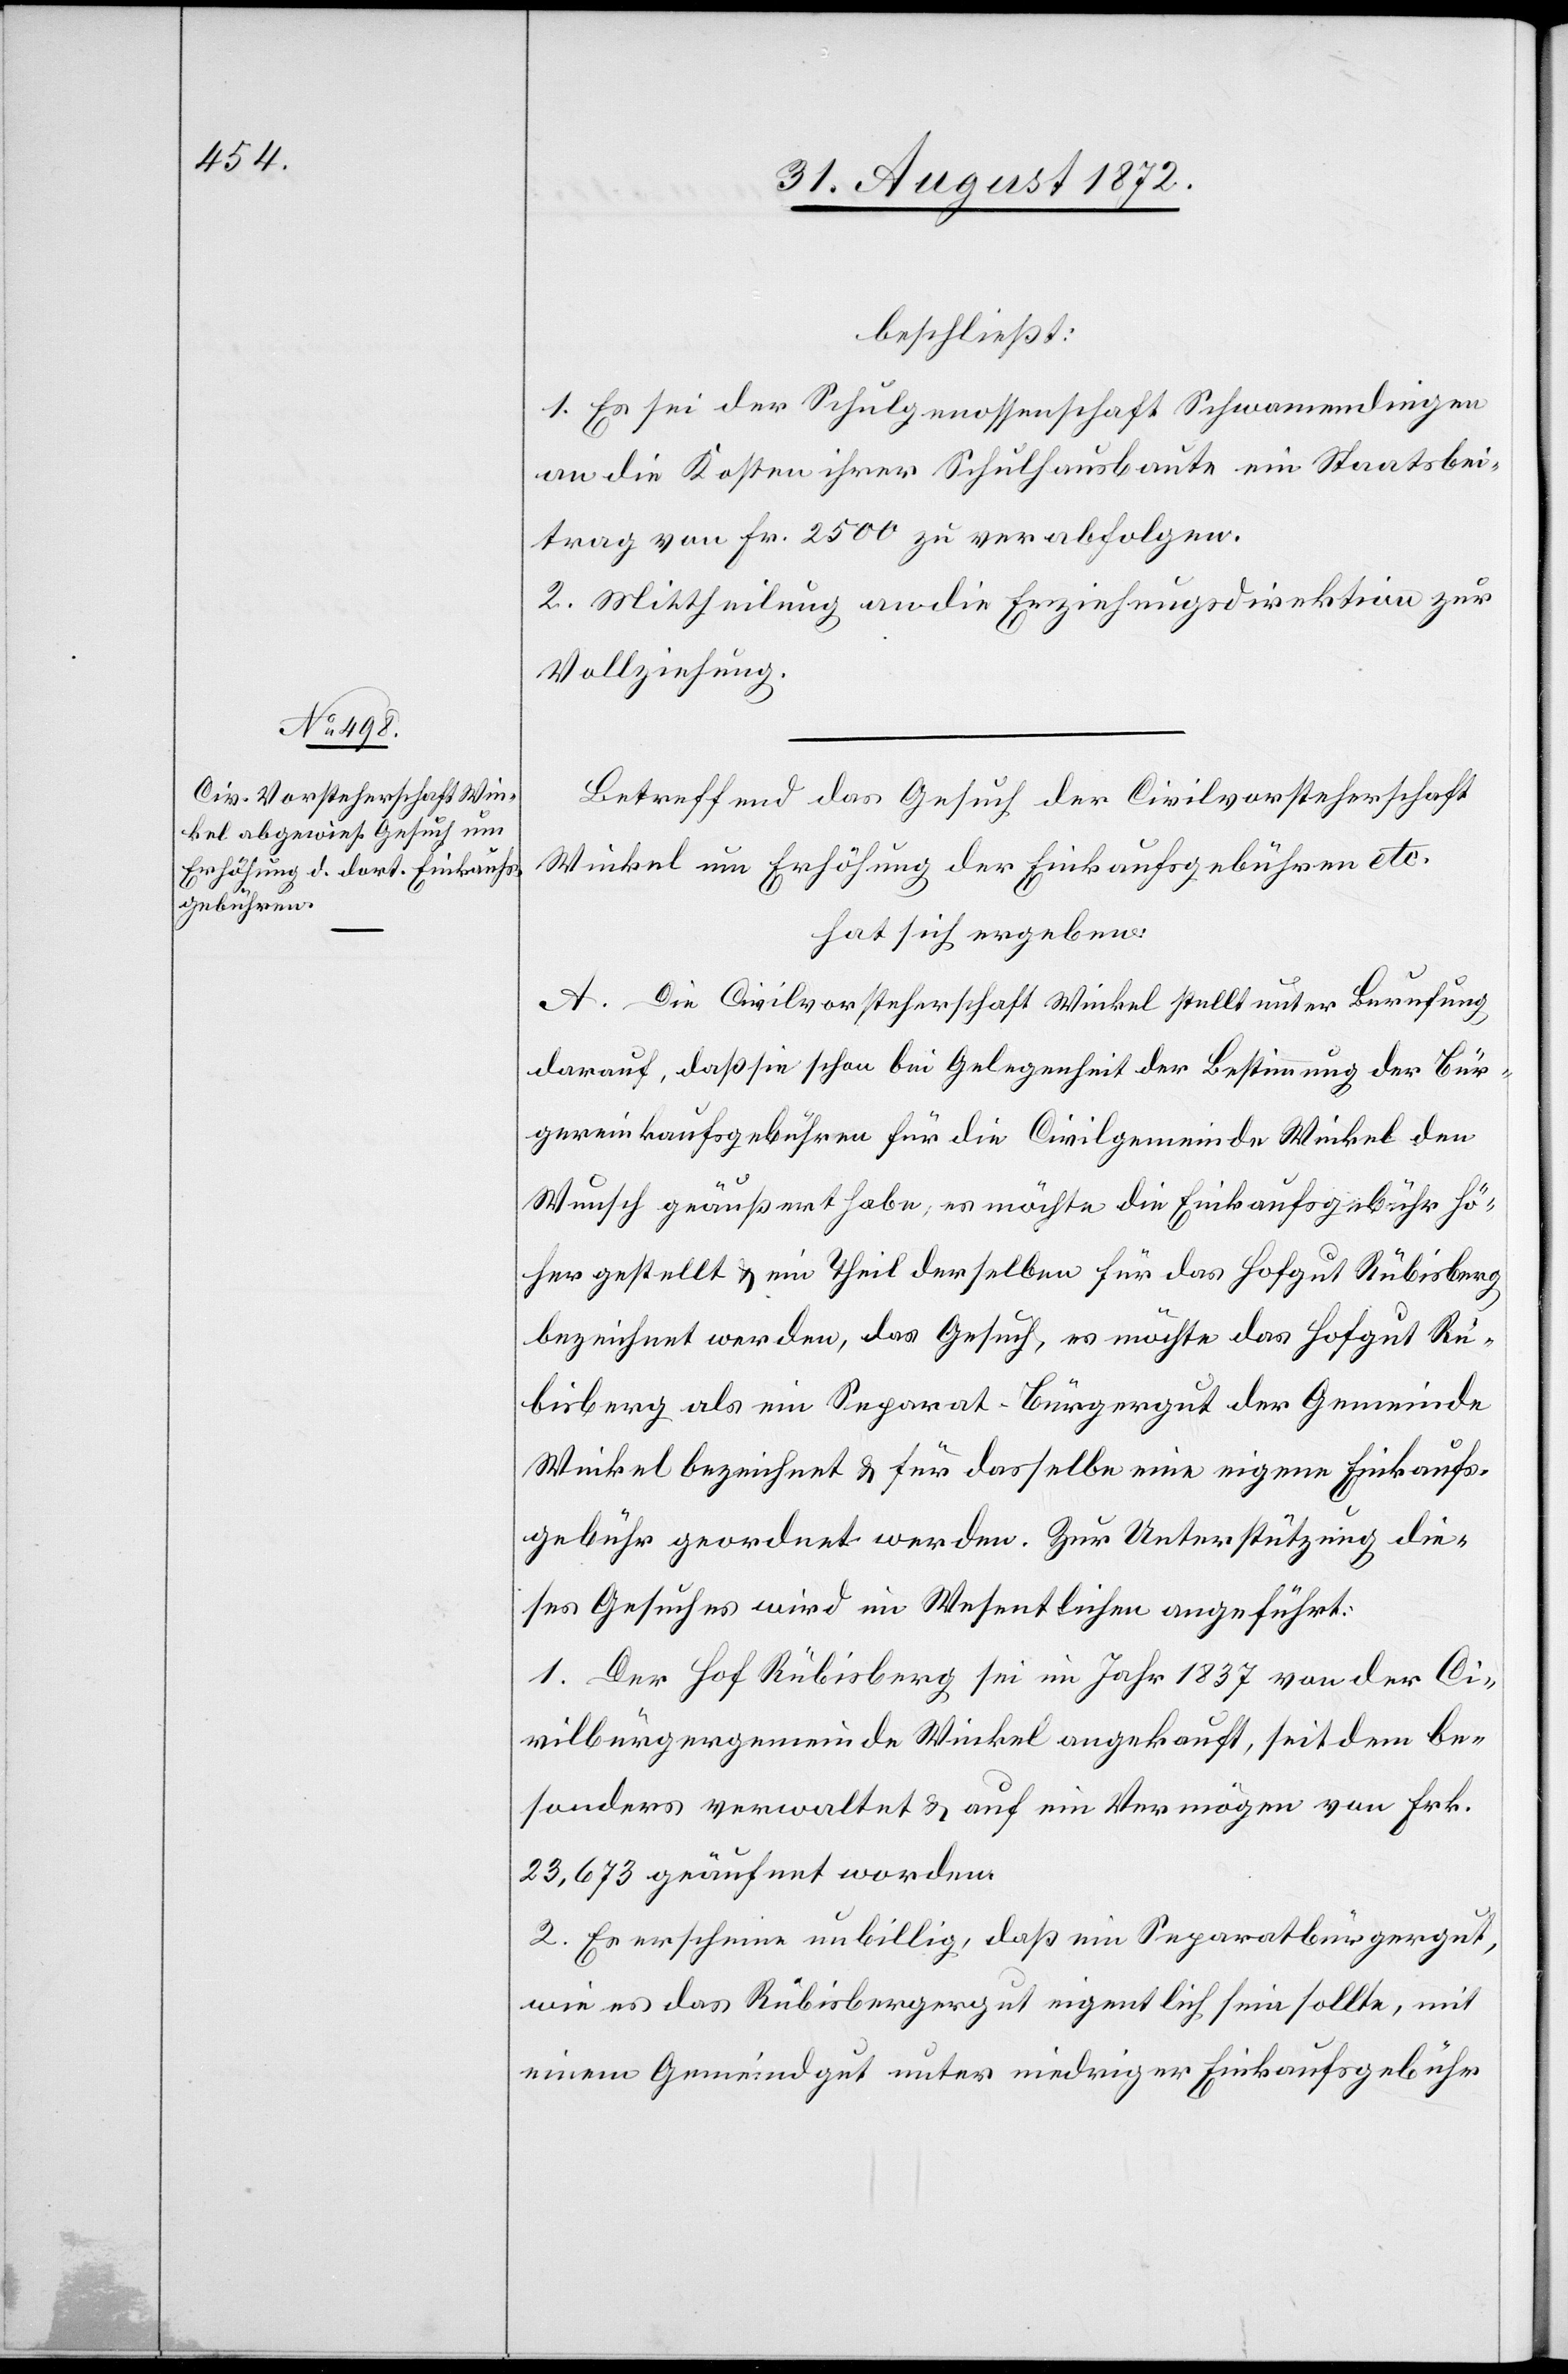
beschließt:
1. Es sei der Schulgenossenschaft Schwamendingen
an die Kosten ihrer Schulhausbaute ein Staatsbei¬
trag von Fr. 2500 zu verabfolgen.
2. Mittheilung an die Erziehungsdirektion zur
Vollziehung.
Betreffend das Gesuch der Civilvorsteherschaft
Winkel um Erhöhung der Einkaufsgebühren etc.
hat sich ergeben:
A. Die Civilvorsteherschaft Winkel stellt unter Berufung
darauf, daß sie schon bei Gelegenheit der Bestimmung der Bür¬
gereinkaufsgebühren für die Civilgemeinde Winkel den
Wunsch geäußert habe; es möchte Einkaufsgebühr hö¬
her gestellt u. ein Theil derselben für das Hofgut Rübisberg
bezeichnet werden, das Gesuch, es möchte das Hofgut Rü¬
bisgut als ein Separat-Bürgergut der Gemeinde
Winkel bezeichnet u. für dasselbe eine eigene Einkaufs¬
gebühr geordnet werden. Zur Unterstützung die¬
ses Gesuches wird im Wesentlichen angeführt:
1. Der Hof Rübisberg sei im Jahr 1837 von der Ci¬
vilbürgergemeinde Winkel angekauft, seitdem be¬
sonders verwaltet u. auf ein Vermögen von Frk.
23,673 geäußert worden
2. Es erscheine unbillig, daß ein Separatbürgergut,
wie es das Rübisbergergut eigentlich sein sollte, mit
einem Gemeindgut unter niedriger Einkaufsgebühr